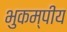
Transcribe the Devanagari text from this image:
भुकम्पीय